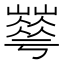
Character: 𡾀